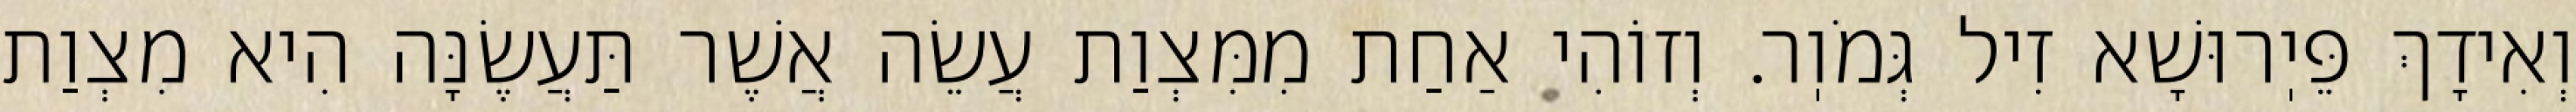
וְאִידָךְ פֵּיֽרוּשָׁא זִיל גְּמֹוֽר. וְזוֹהִי אַחַת מִמִּצְוַת עֲשֵׂה אֲשֶׁר תַּעֲשֶׂנָּה הִיא מִצְוַת